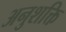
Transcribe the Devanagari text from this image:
अनुशक्ति